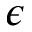
\epsilon